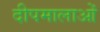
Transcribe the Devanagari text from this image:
दीपमालाओं